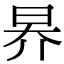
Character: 昦